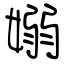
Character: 嫋